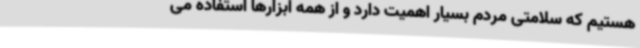
هستیم که سلامتی مردم بسیار اهمیت دارد و از همه ابزارها استفاده می